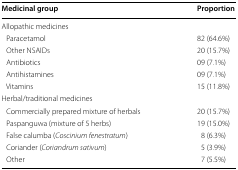
<table><thead><tr><td><b>Medicinal group</b></td><td><b>Proportion</b></td></tr></thead><tbody><tr><td colspan="2">Allopathic medicines</td></tr><tr><td> Paracetamol</td><td>82 (64.6%)</td></tr><tr><td> Other NSAIDs</td><td>20 (15.7%)</td></tr><tr><td> Antibiotics</td><td>09 (7.1%)</td></tr><tr><td> Antihistamines</td><td>09 (7.1%)</td></tr><tr><td> Vitamins</td><td>15 (11.8%)</td></tr><tr><td colspan="2">Herbal/traditional medicines</td></tr><tr><td> Commercially prepared mixture of herbals</td><td>20 (15.7%)</td></tr><tr><td> Paspanguwa (mixture of 5 herbs)</td><td>19 (15.0%)</td></tr><tr><td> False calumba (<i>Coscinium fenestratum</i>)</td><td>8 (6.3%)</td></tr><tr><td> Coriander (<i>Coriandrum sativum</i>)</td><td>5 (3.9%)</td></tr><tr><td> Other</td><td>7 (5.5%)</td></tr></tbody></table>